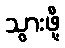
သွားဖို့